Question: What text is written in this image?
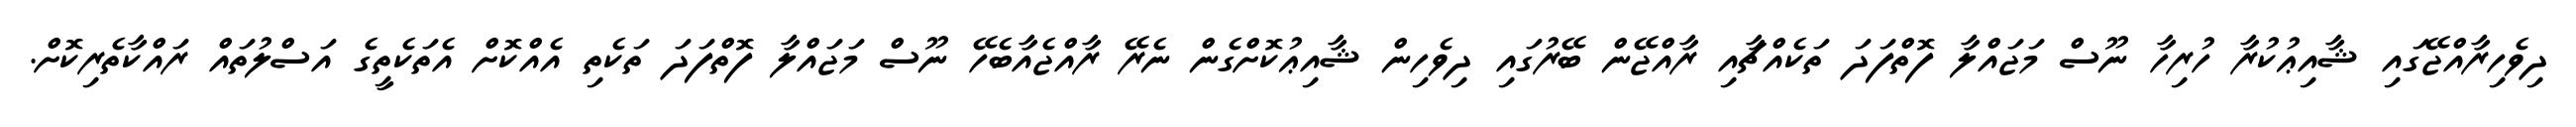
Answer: ދިވެހިރާއްޖޭގައި ޝާއިޢުކުރާ ހުރިހާ ނޫސް މަޖައްލާ ފޮތްފަދަ ތަކެއްޗާއި ރާއްޖޭން ބޭރުގައި ދިވެހިން ޝާއިޢުކޮށްގެން ނެރޭ ރާއްޖެއާބެހޭ ނޫސް މަޖައްލާ ފޮތްފަދަ ތަކެތި އެއްކޮށް އެތަކެތީގެ އަސްލުތައް ރައްކާތެރިކޮށް.